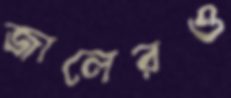
জালেরও